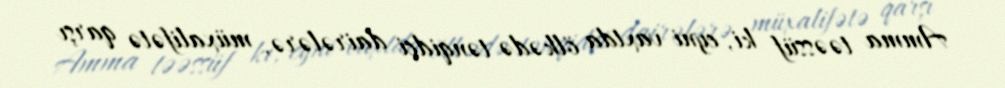
Amma təəssüf ki, eyni vaxtda ölkədə tənqidçi dairələrə, müxalifətə qarşı